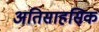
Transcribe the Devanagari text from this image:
अतिसाहसिक